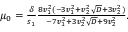
\begin{array} { r } { \mu _ { 0 } = \frac { \delta } { s _ { 1 } } \frac { 8 v _ { 1 } ^ { 2 } ( - 3 v _ { 1 } ^ { 2 } + v _ { 2 } ^ { 2 } \sqrt { D } + 3 v _ { 2 } ^ { 2 } ) } { - 7 v _ { 1 } ^ { 2 } + 3 v _ { 2 } ^ { 2 } \sqrt { D } + 9 v _ { 2 } ^ { 2 } } . } \end{array}